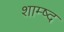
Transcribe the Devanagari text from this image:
शाम्ष्द